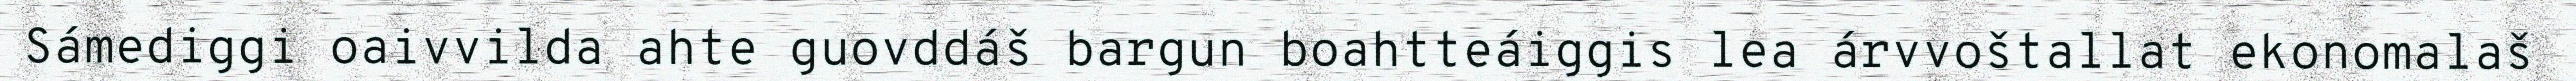
Sámediggi oaivvilda ahte guovddáš bargun boahtteáiggis lea árvvoštallat ekonomalaš